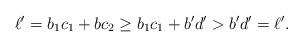
LaTeX: \begin{align*}\ell'=b_1c_1+bc_2\geq b_1c_1+b'd'>b'd'=\ell'.\end{align*}